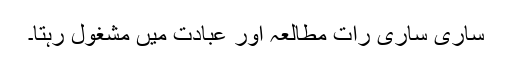
ساری ساری رات مطالعہ اور عبادت میں مشغول رہتا۔